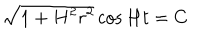
\sqrt { 1 + H ^ { 2 } r ^ { 2 } } \cos H t = C